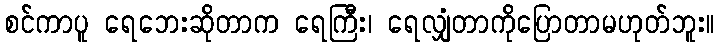
စင်ကာပူ ရေဘေးဆိုတာက ရေကြီး၊ ရေလျှံတာကိုပြောတာမဟုတ်ဘူး။